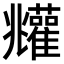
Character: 𩁧